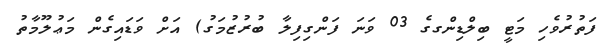
ފަތުރުވެހި މަޓީ ބިލްޑިންގގެ 03 ވަނަ ފަންގިފިލާ ބުރުޒުމަގު) އަށް ވަޑައިގެން މަޢުލޫމާތު